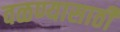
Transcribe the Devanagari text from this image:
वळण्यासाठी